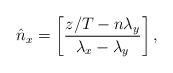
LaTeX: \begin{align*}\hat{n}_x=\left[ \frac{z/T - n\lambda_y}{\lambda_x-\lambda_y}\right],\end{align*}